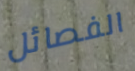
الفصائل